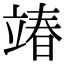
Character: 𮄵